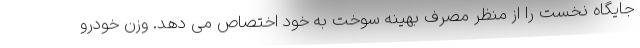
جایگاه نخست را از منظر مصرف بهینه سوخت به خود اختصاص می دهد. وزن خودرو